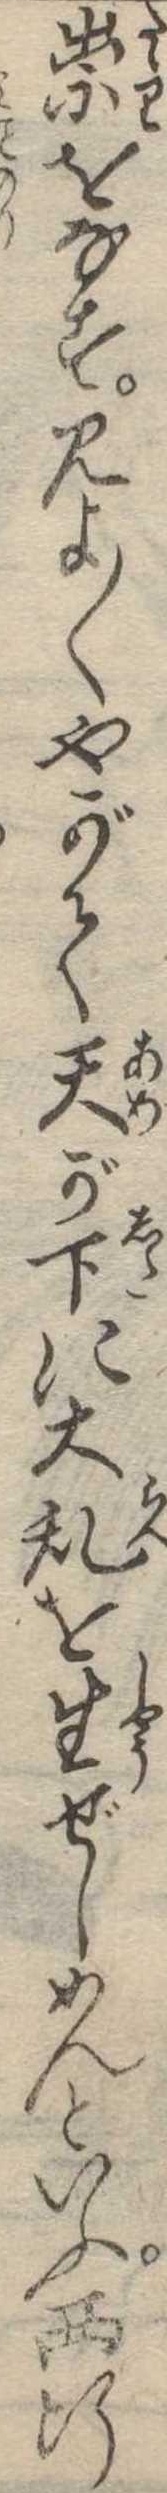
祟をなす見よ〱やがて天が下に大乱を生ぜしめんといふ西行